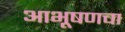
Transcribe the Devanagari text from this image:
आभूषणचा